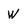
Character: W